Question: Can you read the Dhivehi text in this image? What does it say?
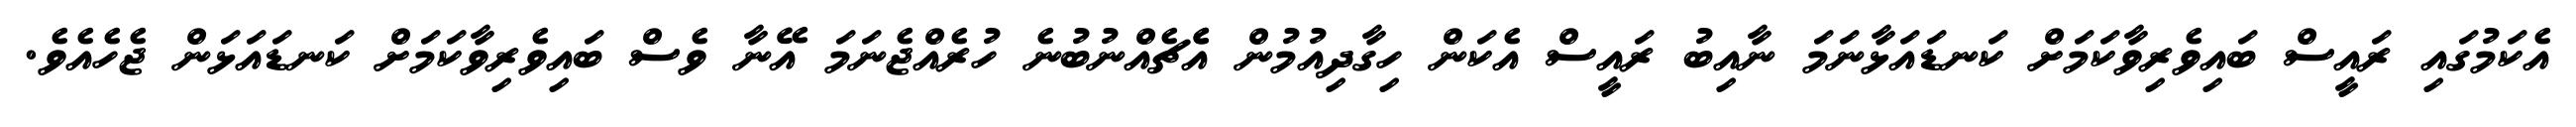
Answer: އެކަމުގައި ރައީސް ބައިވެރިވާކަމަށް ކަނޑައަޅާނަމަ ނާއިބު ރައީސް އެކަން ހިގާދިއުމުން އެެޗެއްނުބުނެ ހުރެއްޖެނަމަ އޭނާ ވެސް ބައިވެރިވާކަމަށް ކަނޑައަޅަން ޖެހެއެވެ.